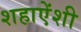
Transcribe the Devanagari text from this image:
शहाऐंशी